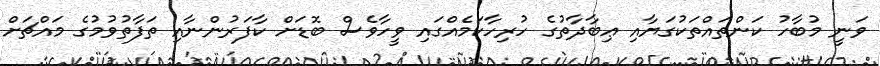
ވަނީ މުބާހު ކަންތައްތަކުގަޔާއި ޢިބާދާތުގެ ހުރިހާކަމެއްގައި ވީހާވެސް ބޮޑަށް ކާފަރުންނާއި ތަފާތުވުމުގެ މައްޗަށް